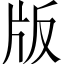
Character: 版